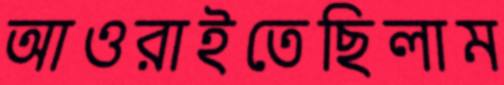
আওরাইতেছিলাম